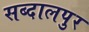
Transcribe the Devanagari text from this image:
सब्दालपुर